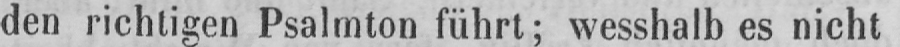
den richtigen Psalmton führt; wesshalb es nicht